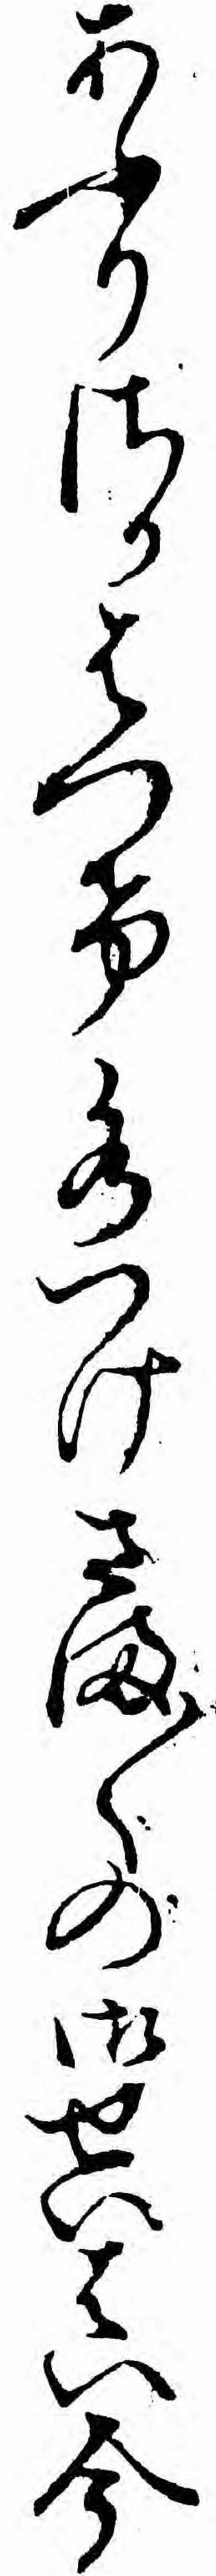
あふりさかはつけ水つけさま〱の御せいはい今